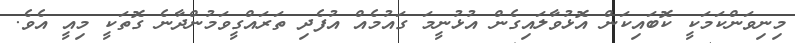
މިނިވަންކަމަކީ ކޮބައިކަން އޮޅުވާލައިގެން އުޅުނީމަ ގައުމެއް އުފެދި ތަރައްގީވަމުންދާނެ ގޮތަކީ މިއީ އެވެ.